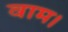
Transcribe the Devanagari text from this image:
वाम।